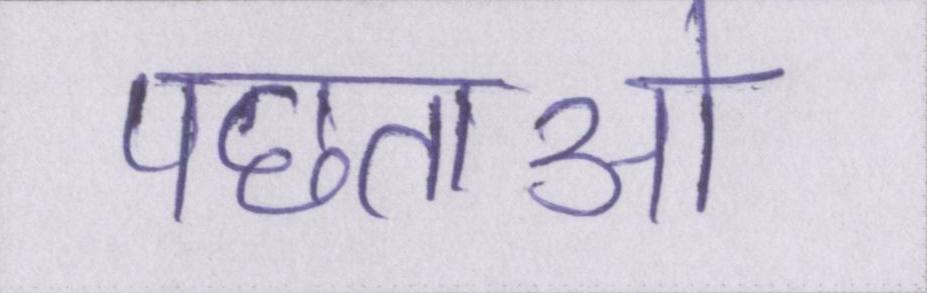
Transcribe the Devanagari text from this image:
पछताओ